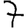
Digit: 7